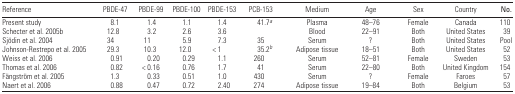
<table><thead><tr><td><b>Reference</b></td><td><b>PBDE-47</b></td><td><b>PBDE-99</b></td><td><b>PBDE-100</b></td><td><b>PBDE-153</b></td><td><b>PCB-153</b></td><td><b>Medium</b></td><td><b>Age</b></td><td><b>Sex</b></td><td><b>Country</b></td><td><b>No.</b></td></tr></thead><tbody><tr><td>Present study</td><td>8.1</td><td>1.4</td><td>1.1</td><td>1.4</td><td>41.7a</td><td>Plasma</td><td>48–76</td><td>Female</td><td>Canada</td><td>110</td></tr><tr><td>Schecter et al. 2005b</td><td>12.8</td><td>3.2</td><td>2.6</td><td>3.6</td><td></td><td>Blood</td><td>22–91</td><td>Both</td><td>United States</td><td>39</td></tr><tr><td>Sjödin et al. 2004</td><td>34</td><td>11</td><td>5.9</td><td>7.3</td><td>35</td><td>Serum</td><td>?</td><td>Both</td><td>United States</td><td>Pool</td></tr><tr><td>Johnson-Restrepo et al. 2005</td><td>29.3</td><td>10.3</td><td>12.0</td><td>&lt; 1</td><td>35.2b</td><td>Adipose tissue</td><td>18–51</td><td>Both</td><td>United States</td><td>52</td></tr><tr><td>Weiss et al. 2006</td><td>0.91</td><td>0.20</td><td>0.29</td><td>1.1</td><td>260</td><td>Serum</td><td>52–81</td><td>Female</td><td>Sweden</td><td>53</td></tr><tr><td>Thomas et al. 2006</td><td>0.82</td><td>&lt; 0.16</td><td>0.76</td><td>1.7</td><td>41</td><td>Serum</td><td>22–80</td><td>Both</td><td>United Kingdom</td><td>154</td></tr><tr><td>Fängström et al. 2005</td><td>1.3</td><td>0.33</td><td>0.51</td><td>1.0</td><td>430</td><td>Serum</td><td>?</td><td>Female</td><td>Faroes</td><td>57</td></tr><tr><td>Naert et al. 2006</td><td>0.88</td><td>0.47</td><td>0.72</td><td>2.40</td><td>274</td><td>Adipose tissue</td><td>19–84</td><td>Both</td><td>Belgium</td><td>53</td></tr></tbody></table>